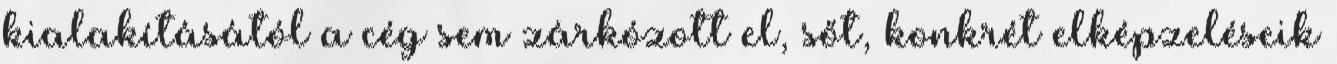
kialakításától a cég sem zárkózott el, sőt, konkrét elképzeléseik